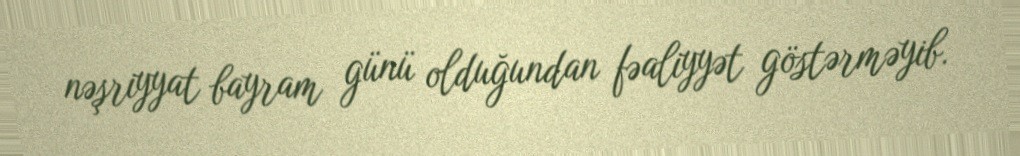
nəşriyyat bayram günü olduğundan fəaliyyət göstərməyib.